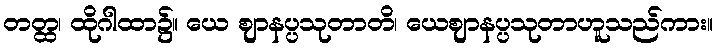
တတ္ထ၊ ထိုဂါထာ၌။ ယေ ဈာနပ္ပသုတာတိ၊ ယေဈာနပ္ပသုတာဟူသည်ကား။